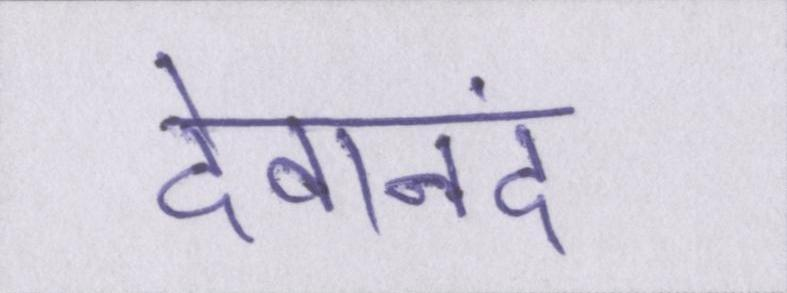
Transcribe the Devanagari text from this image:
देवानंद